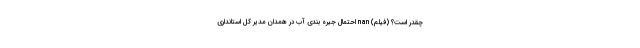
چقدر است؟ (فیلم) nan احتمال جیره بندی آب در همدان مدیر کل استانداری